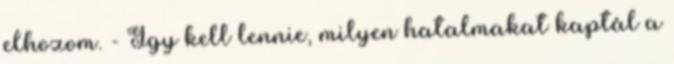
elhozom. - Így kell lennie, milyen hatalmakat kaptál a